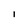
Character: l